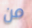
من